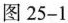
图25-1